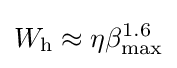
W_{\text{h}}\approx \eta \beta _{\text{max}}^{1.6}